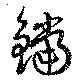
鐺